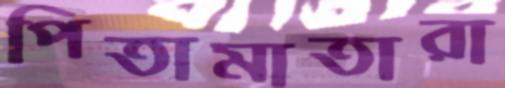
পিতামাতারা